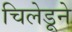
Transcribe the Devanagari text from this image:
चिलेडूने